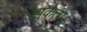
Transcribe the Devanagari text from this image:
झुकता।